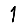
Digit: 1